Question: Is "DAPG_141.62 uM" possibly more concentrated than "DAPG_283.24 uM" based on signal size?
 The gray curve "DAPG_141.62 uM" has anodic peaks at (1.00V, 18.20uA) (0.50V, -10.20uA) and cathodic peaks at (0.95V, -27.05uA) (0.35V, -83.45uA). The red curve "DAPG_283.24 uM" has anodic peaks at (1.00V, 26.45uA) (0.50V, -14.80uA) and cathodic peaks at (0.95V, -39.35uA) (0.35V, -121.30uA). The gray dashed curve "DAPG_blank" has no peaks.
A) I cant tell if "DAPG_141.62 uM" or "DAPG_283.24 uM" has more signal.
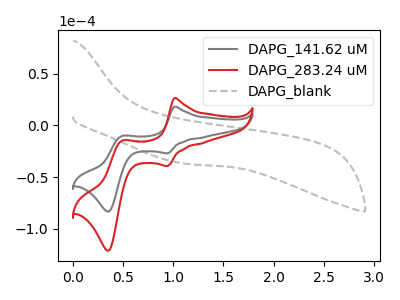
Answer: <think>All the peaks in "DAPG_141.62 uM" have a peak in "DAPG_283.24 uM" at the same potential.
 </think>
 <answer>A) I cant tell if "DAPG_141.62 uM" or "DAPG_283.24 uM" has more signal.</answer>
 <eval>A</eval>